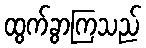
ထွက်ခွာကြသည်